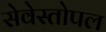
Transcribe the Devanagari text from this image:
सेवेस्तोपल